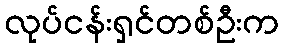
လုပ်ငန်းရှင်တစ်ဦးက